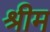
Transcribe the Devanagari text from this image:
श्रीम